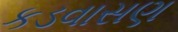
કડવાસણ